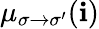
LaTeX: \mu_{\sigma\to\sigma^{\prime}}(\mathbf{i})